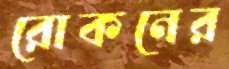
রোকনের